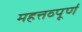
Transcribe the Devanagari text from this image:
महत्तव्पूर्ण